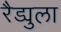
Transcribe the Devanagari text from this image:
रैड्युला